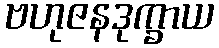
ဗဟုဇနဒုက္ခာယ